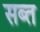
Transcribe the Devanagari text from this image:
सब्त